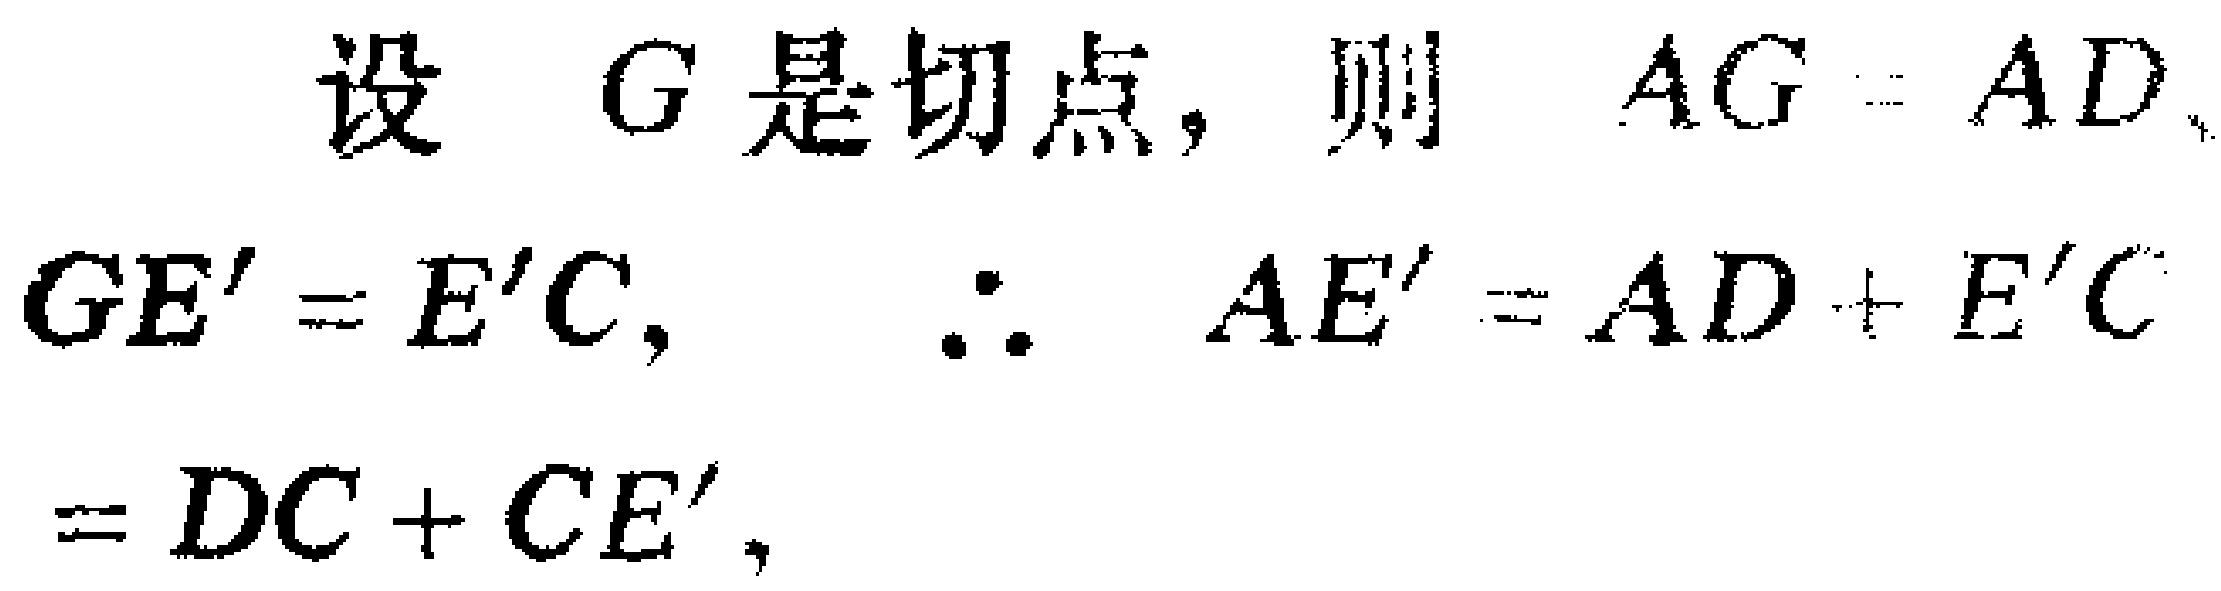
设 \(G\) 是切点，则 \(AG = AD\)，\(GE' = E'C\)，\(\therefore AE' = AD + E'C=DC + CE'\)